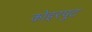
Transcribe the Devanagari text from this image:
कोइरपुट